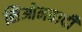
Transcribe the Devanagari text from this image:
सिओनवादी